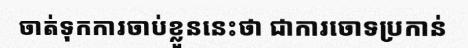
ចាត់ទុកការចាប់ខ្លួននេះថា ជាការចោទប្រកាន់